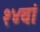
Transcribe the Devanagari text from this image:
१४वां